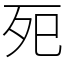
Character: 𭮀